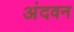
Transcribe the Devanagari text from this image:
अंदवन